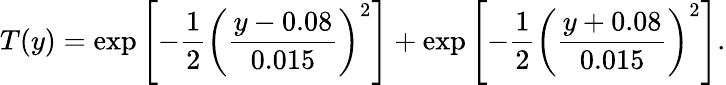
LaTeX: T(y)=\exp\left[-\frac{1}{2}\left(\frac{y-0.08}{0.015}\right)^{2}\right]+\exp\left[-\frac{1}{2}\left(\frac{y+0.08}{0.015}\right)^{2}\right].